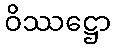
ဝိဿဋ္ဌော